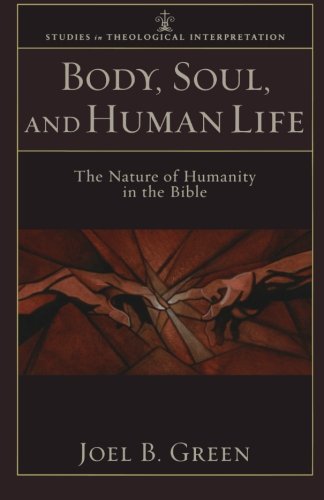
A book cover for Body, Soul, and Human Life: The Nature of Humanity in the Bible (Studies in Theological Interpretation); Joel B. Green; Christian Books & Bibles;